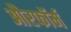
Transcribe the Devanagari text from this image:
औरफॉर्म